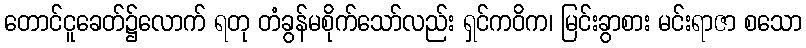
တောင်ငူခေတ်၌လောက် ရတု တံခွန်မစိုက်သော်လည်း ရှင်ကဝိက၊ မြင်းခွာစား မင်းရာဇာ စသော